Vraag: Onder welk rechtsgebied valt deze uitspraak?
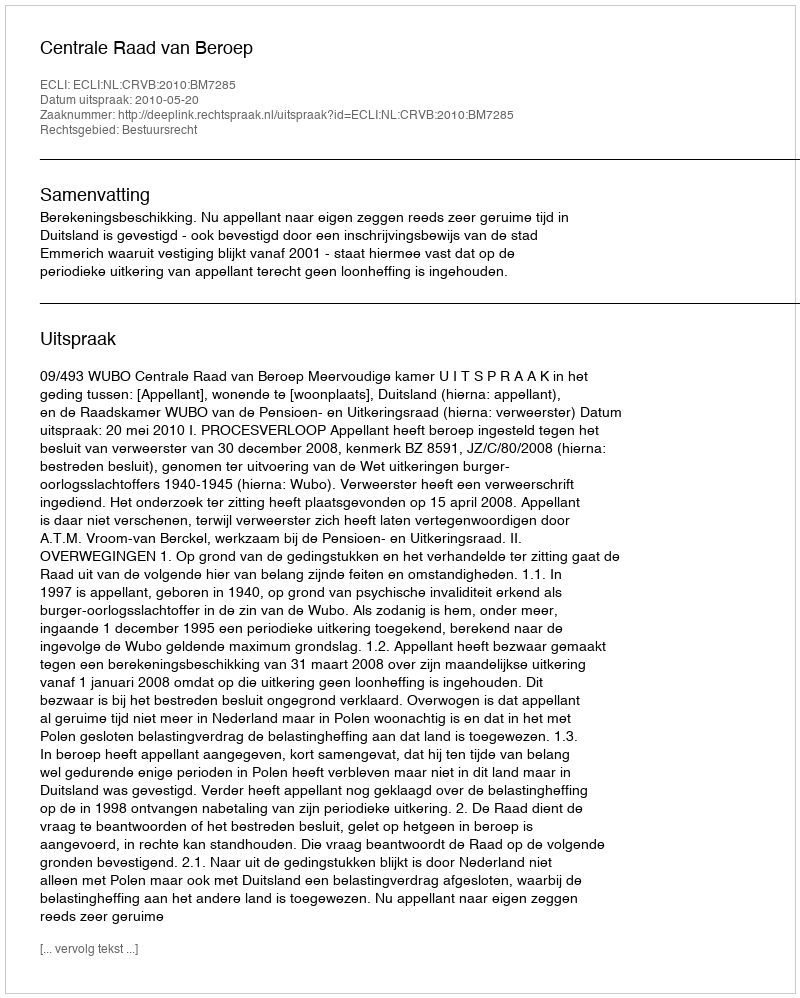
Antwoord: Bestuursrecht